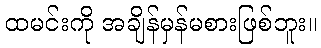
ထမင်းကို အချိန်မှန်မစားဖြစ်ဘူး။